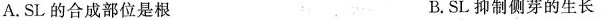
A.SL的合成部位是根 B.SL抑制侧芽的生长